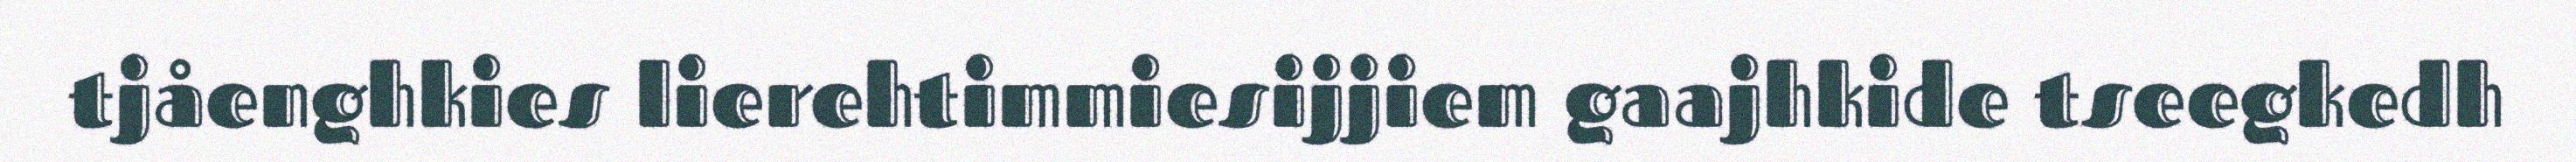
tjåenghkies lierehtimmiesijjiem gaajhkide tseegkedh